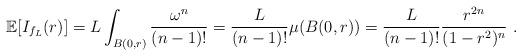
LaTeX: \begin{align*} \mathbb E[I_{f_L}(r)]=L\int_{B(0,r)}\frac{\omega^n}{(n-1)!}=\frac L{(n-1)!}\mu(B(0,r))=\frac L{(n-1)!}\frac{r^{2n}}{(1-r^2)^n}\ .\end{align*}